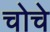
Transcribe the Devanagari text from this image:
चोचे